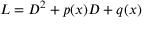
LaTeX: L = D ^ { 2 } + p ( x ) D + q ( x )